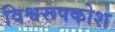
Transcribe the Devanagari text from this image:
विश्वरूपकोश